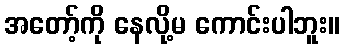
အတော့်ကို နေလို့မ ကောင်းပါဘူး။